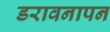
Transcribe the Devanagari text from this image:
डरावनापन